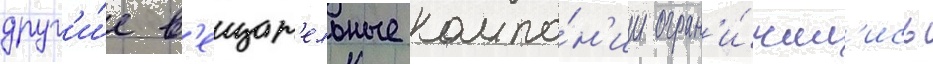
друг'и́е в'ещат'ельные компа́н'ии огран'и́чил'ись